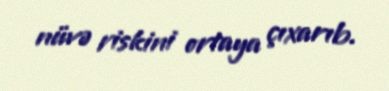
nüvə riskini ortaya çıxarıb.